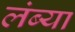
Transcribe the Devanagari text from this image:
लंब्या